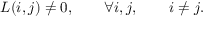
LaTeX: L ( i , j ) \ne 0 , \qquad \forall i , j , \qquad i \ne j .